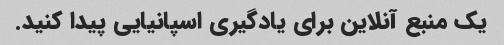
یک منبع آنلاین برای یادگیری اسپانیایی پیدا کنید.